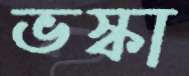
ভস্কা